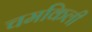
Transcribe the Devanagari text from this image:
चमकिली